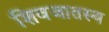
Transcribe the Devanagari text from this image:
शिवजातस्य